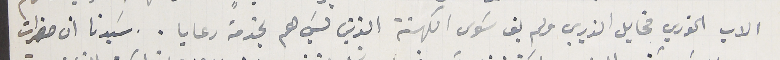
الاب الخوري مخايل الذريبى ولم بق سَوى الكهنة الذين ليسَ هم بخدمة رعايا.. سيدنا ان حضرات